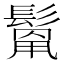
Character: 𩮓